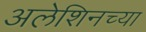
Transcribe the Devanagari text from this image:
अलेशिनच्या